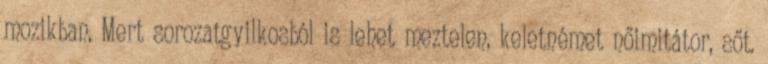
mozikban. Mert sorozatgyilkosból is lehet meztelen, keletnémet nőimitátor, sőt.